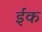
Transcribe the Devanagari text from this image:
ईंक